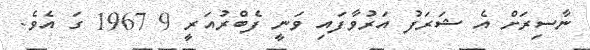
ނާސިރަށް އެ ޝަަރަފު އަރުވާފައި ވަނީ ފެބްރުއަރީ 9 1967 ގަ އެވެ.